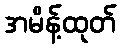
အမိန့်ထုတ်